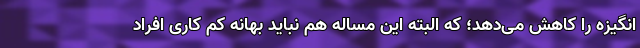
انگیزه را کاهش می‌دهد؛ که البته این مساله هم نباید بهانه کم کاری افراد